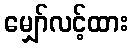
မျှော်လင့်ထား